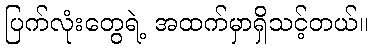
ပြက်လုံးတွေရဲ့ အထက်မှာရှိသင့်တယ်။